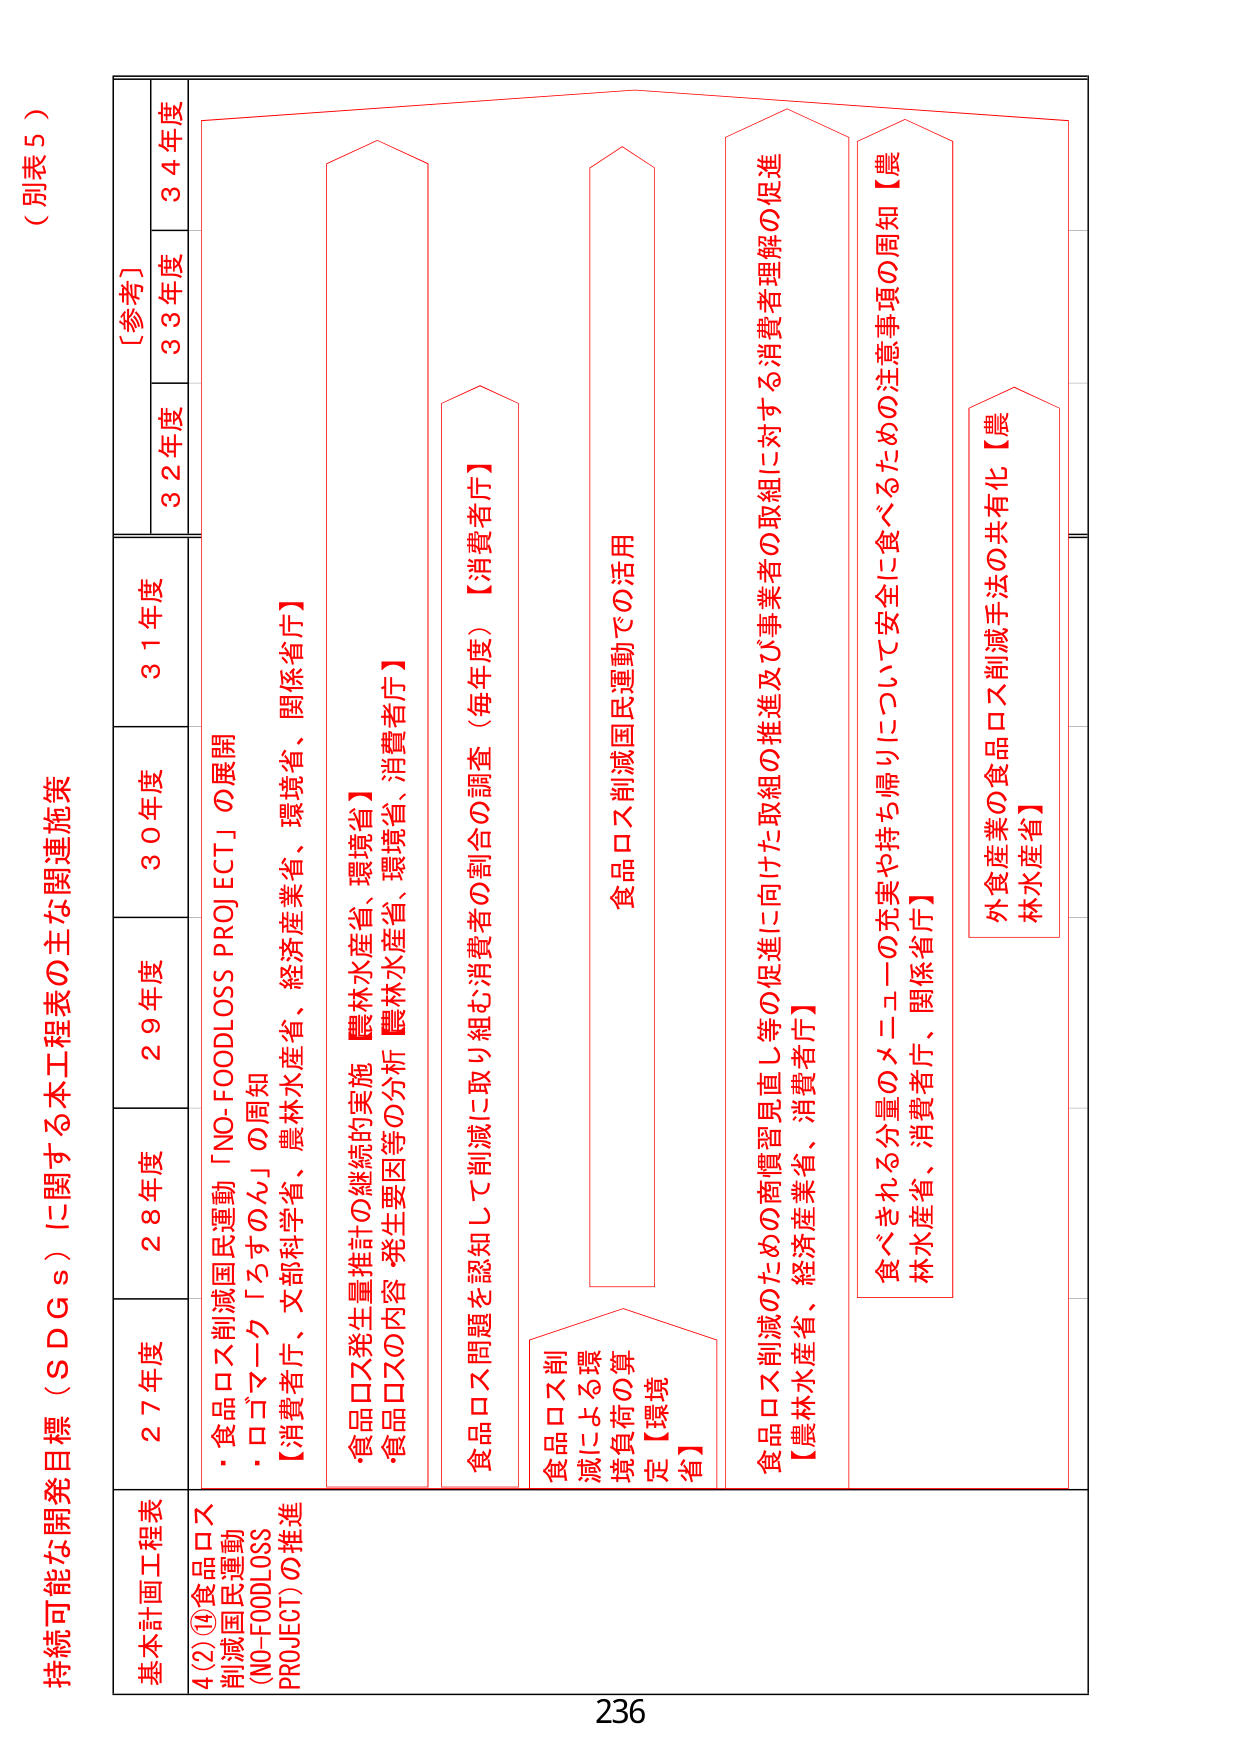
（別表5）

持続可能な開発目標（ＳＤＧｓ）に関する本工程表の主な関連施策

基本計画工程表
4(2)⑭食品ロス削減国民運動（NO-FOODLOSS PROJECT）の推進

27年度
・食品ロス削減国民運動「NO-FOODLOSS PROJECT」の展開
・ロゴマーク「ろすのん」の周知
【消費者庁、文部科学省、農林水産省、経済産業省、環境省、関係省庁】

28年度
・食品ロス発生量推計の継続的実施【農林水産省、環境省】
・食品ロスの内容・発生要因等の分析【農林水産省、環境省、消費者庁】

29年度
食品ロス問題を認知して削減に取り組む消費者の割合の調査（毎年度）【消費者庁】

30年度
食品ロス削減国民運動での活用

31年度
食品ロス削減のための商慣習見直し等の促進に向けた取組の推進及び事業者の取組に対する消費者理解の促進
【農林水産省、経済産業省、消費者庁】

32年度
食べされる分量のメニューの充実や持ち帰りについて安全に食べるための注意事項の周知【農林水産省、消費者庁、関係省庁】

33年度
外食産業の食品ロス削減手法の共有化【農林水産省】

34年度
【参考】

236